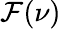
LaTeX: \mathcal{F}(\nu)